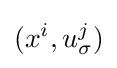
(x^{i},u_{\sigma }^{j})